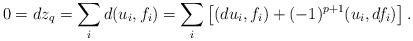
\begin{align*}0 = dz_{q} &= \sum_{i}d(u_{i}, f_{i}) = \sum_{i}\left[ (du_{i}, f_{i}) + (-1)^{p+1}(u_{i}, df_{i}) \right].\end{align*}